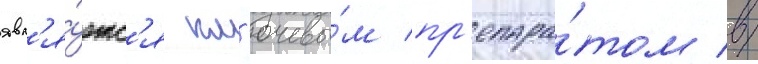
явл'я́етс'я кл'ючевы́м пр'епара́том в